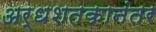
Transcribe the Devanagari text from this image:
अर्धशतकानंतर